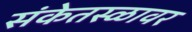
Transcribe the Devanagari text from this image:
संकेतस्ळावर